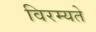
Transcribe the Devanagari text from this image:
विरम्यते